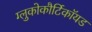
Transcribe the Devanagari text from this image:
ग्लुकोकौर्टिकॉयड